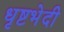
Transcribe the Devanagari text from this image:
धृष्टभेदी